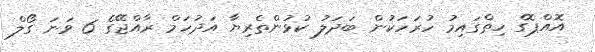
އޮއްޕޮގެ ހިތްގައިމު ހުރަހަކުން ބަދަލު ކުޅުންތެރިޔާ އަދުހަމް ރާއްޖޭގެ 6 ވަނަ ގޯލް